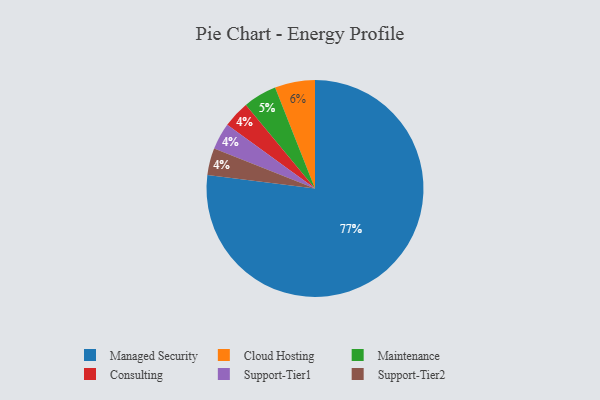
{"axis": {"x": "Category", "y": "Percentage"}, "legend": ["Cloud Hosting", "Consulting", "Maintenance", "Managed Security", "Support-Tier1", "Support-Tier2"], "data": [{"x": "Consulting", "y": 4, "type": "Consulting"}, {"x": "Support-Tier1", "y": 4, "type": "Support-Tier1"}, {"x": "Managed Security", "y": 77, "type": "Managed Security"}, {"x": "Support-Tier2", "y": 4, "type": "Support-Tier2"}, {"x": "Cloud Hosting", "y": 6, "type": "Cloud Hosting"}, {"x": "Maintenance", "y": 5, "type": "Maintenance"}]}